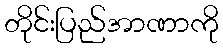
တိုင်းပြည်အာဏာကို